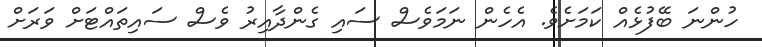
ހުންނަ ބޭފުޅެއް ކަމަށެވެ. އެހެން ނަމަވެސް ސައި ގެންދާއިރު ވެސް ސައިތައްޓަށް ވަރަށް